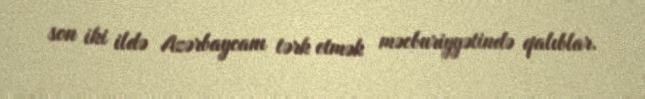
son iki ildə Azərbaycanı tərk etmək məcburiyyətində qalıblar.